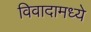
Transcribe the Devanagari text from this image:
विवादामध्ये